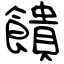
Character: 饋